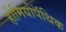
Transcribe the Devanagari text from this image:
होमियोपॅथिक